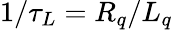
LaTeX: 1/\tau_{L}=R_{q}/L_{q}